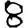
Digit: 8